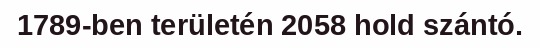
1789-ben területén 2058 hold szántó.